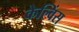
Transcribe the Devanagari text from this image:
केल्विंस